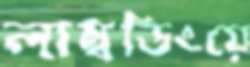
লাম্বডিংয়ে